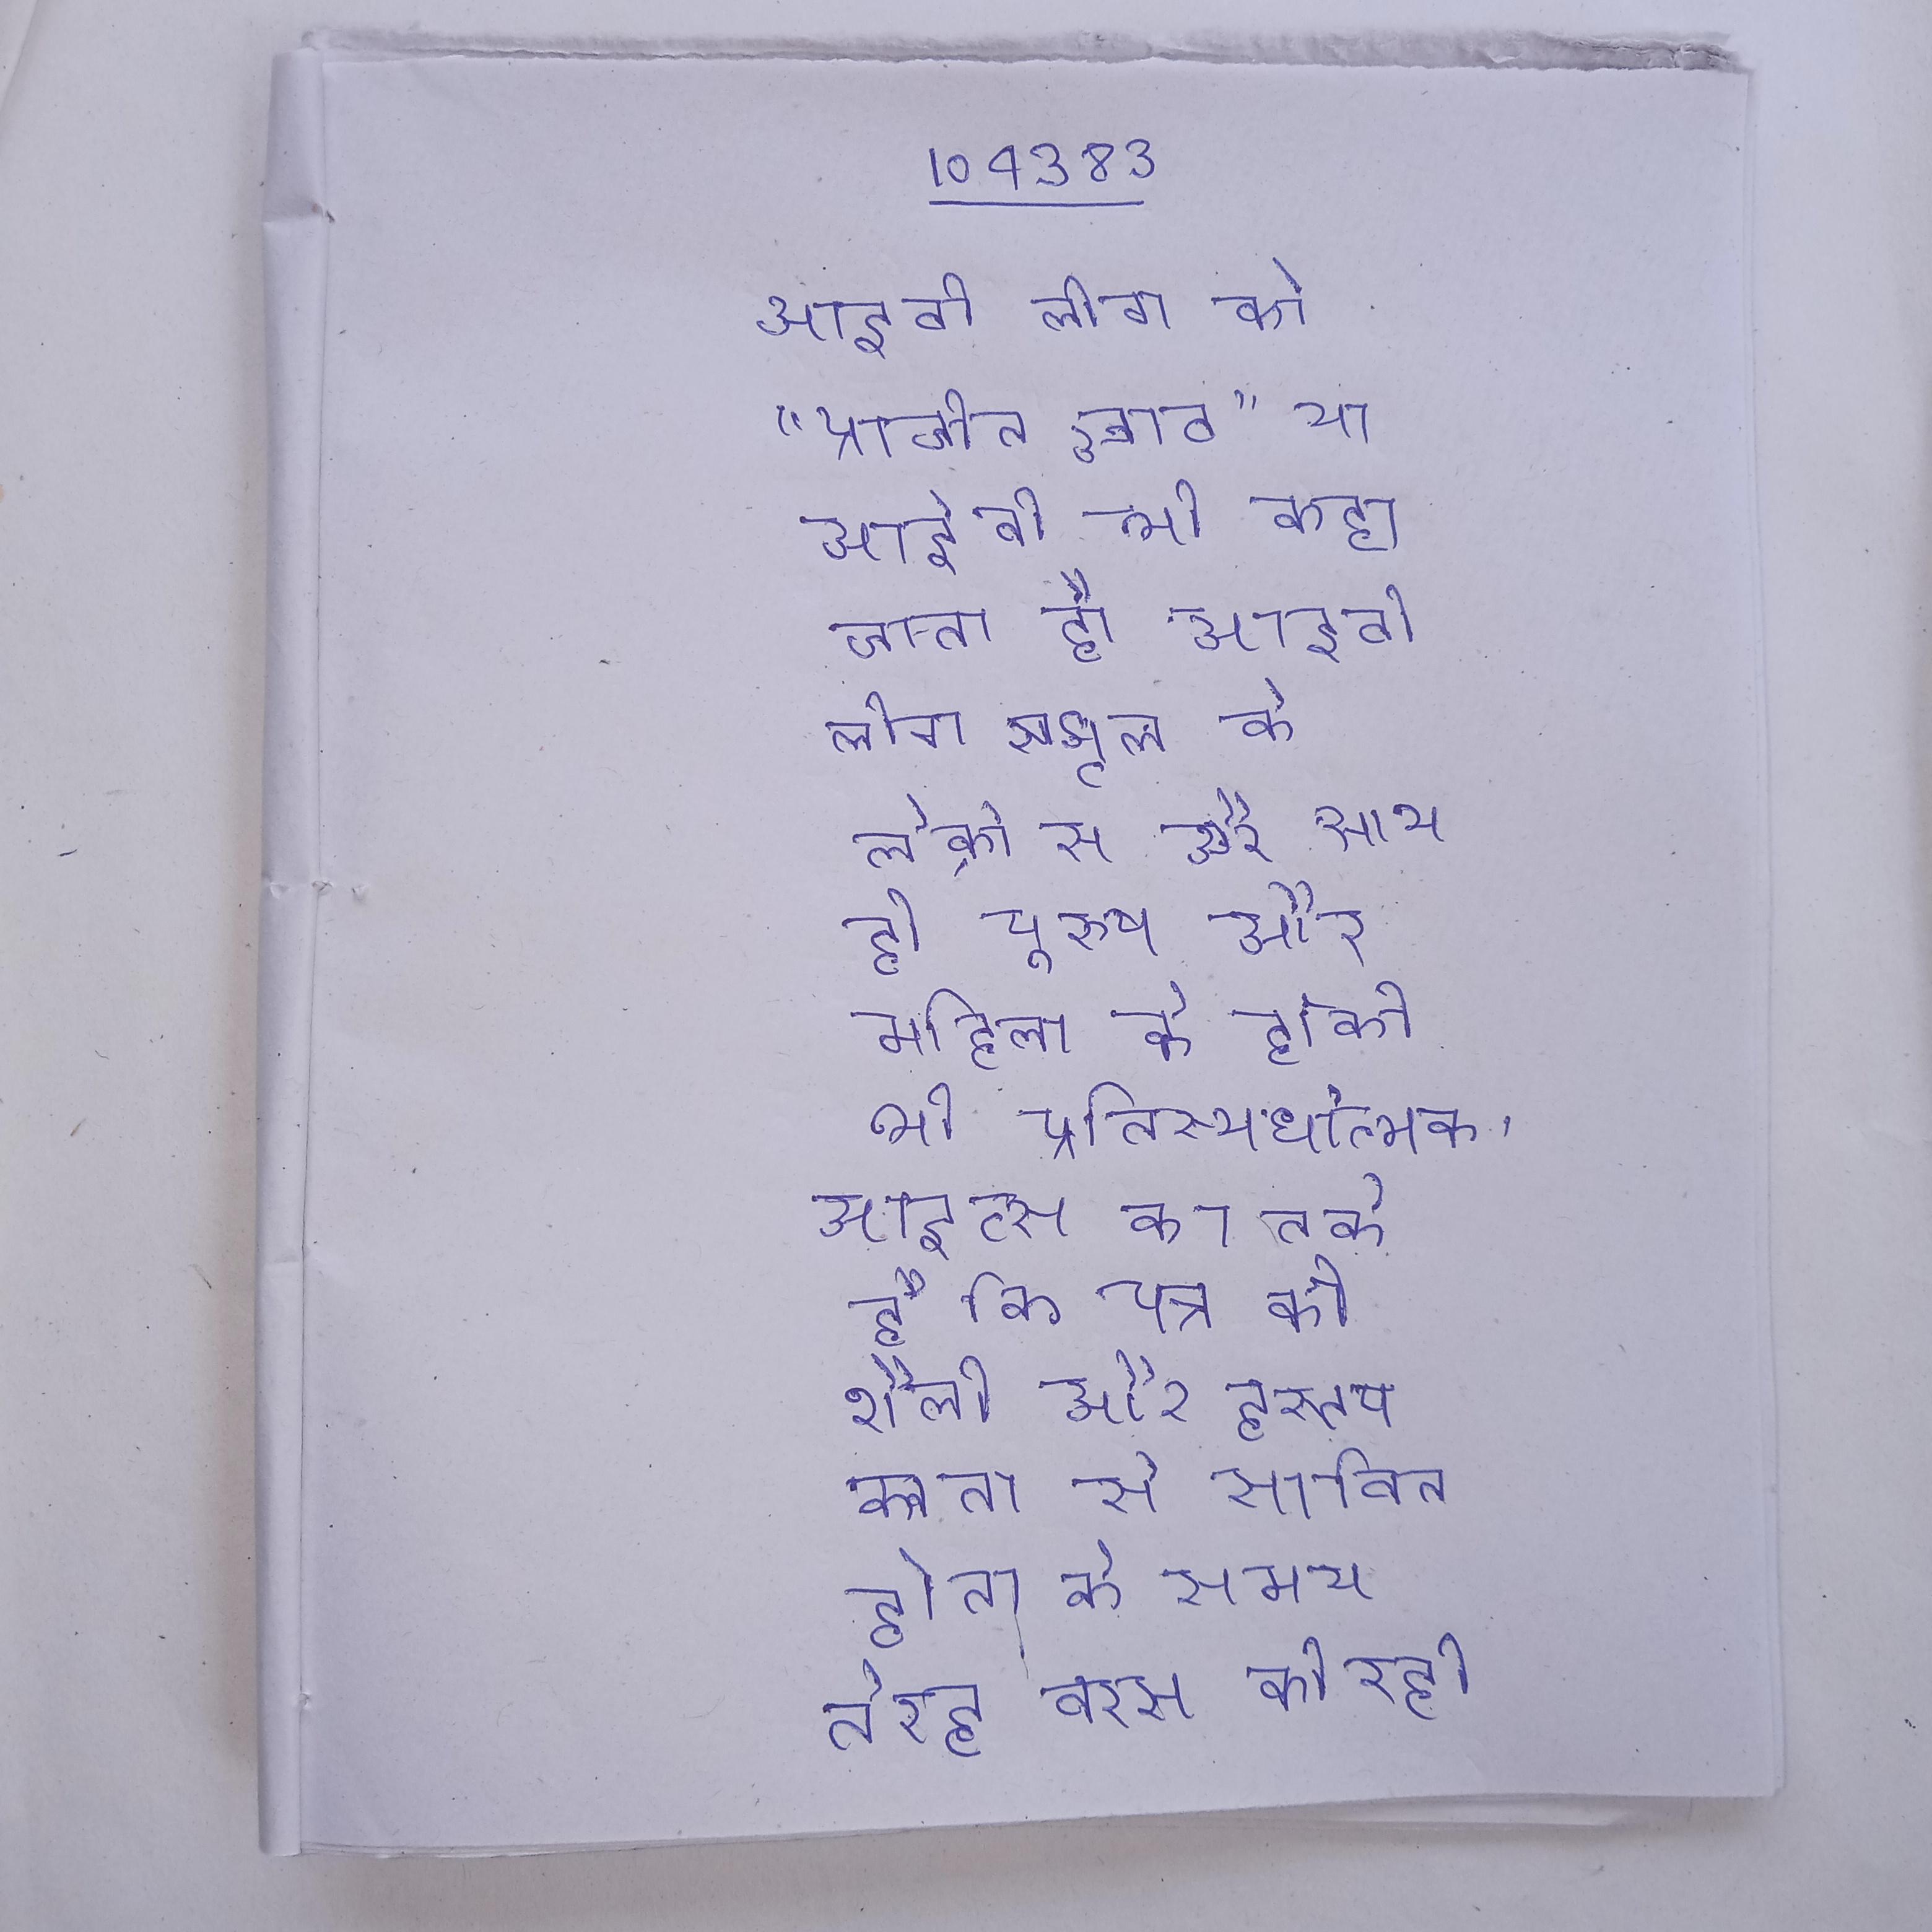
आइवी लीग को "प्राचीन आठ" या आईवी भी कहा जाता है । आइवी लीग स्कूल के लैक्रोस और साथ ही पुरुष और महिला के हॉकी भी प्रतिस्पर्धात्मक । आइव्स का तर्क है कि पत्र की शैली और हस्तलिपि की परिपक्वता से साबित होता है कि ऐनी इसकी रचना के समय तेरह बरस की रही होगी, वॉरनिक का तर्क है कि वर्तनी और व्याकरण की अनेक से पता चलता है कि पत्र एक बच्चे द्वारा लिखा गया था ।